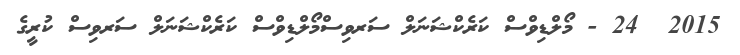
2015  24 - މޯލްޑިވްސް ކަރެކްޝަނަލް ސަރވިސްމޯލްޑިވްސް ކަރެކްޝަނަލް ސަރވިސް ކުރީގެ